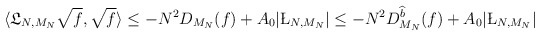
\begin{align*}\begin{aligned}\langle \mathfrak L_{N,M_N} \sqrt f, \sqrt f \rangle &\leq - N^2 D_{M_N} ( f) + A_0 |\L_{N,M_N}| \leq - N^2 D_{M_N}^{\widehat b} ( f) + A_0 |\L_{N,M_N}|\end{aligned}\end{align*}